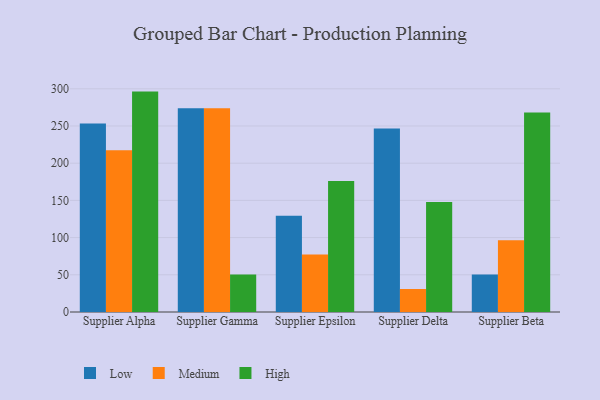
{"axis": {"x": "Supplier", "y": "Latency (ms)"}, "legend": ["High", "Low", "Medium"], "data": [{"x": "Supplier Alpha", "y": 253.3, "type": "Low"}, {"x": "Supplier Alpha", "y": 217.5, "type": "Medium"}, {"x": "Supplier Alpha", "y": 296.2, "type": "High"}, {"x": "Supplier Gamma", "y": 273.7, "type": "Low"}, {"x": "Supplier Gamma", "y": 273.9, "type": "Medium"}, {"x": "Supplier Gamma", "y": 50.3, "type": "High"}, {"x": "Supplier Epsilon", "y": 129.4, "type": "Low"}, {"x": "Supplier Epsilon", "y": 77.2, "type": "Medium"}, {"x": "Supplier Epsilon", "y": 176.0, "type": "High"}, {"x": "Supplier Delta", "y": 246.7, "type": "Low"}, {"x": "Supplier Delta", "y": 30.9, "type": "Medium"}, {"x": "Supplier Delta", "y": 147.9, "type": "High"}, {"x": "Supplier Beta", "y": 50.4, "type": "Low"}, {"x": "Supplier Beta", "y": 96.4, "type": "Medium"}, {"x": "Supplier Beta", "y": 268.2, "type": "High"}]}